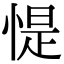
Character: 惿